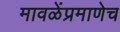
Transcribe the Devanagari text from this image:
मावळेंप्रमाणेच